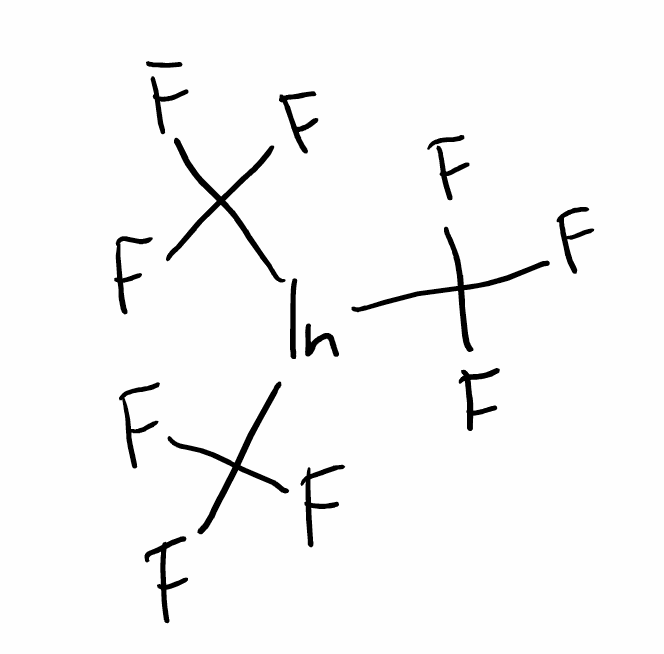
Simplified molecular-input line-entry system (SMILES) notation of the given molecule:
C(F)(F)(F)[In](C(F)(F)F)C(F)(F)F